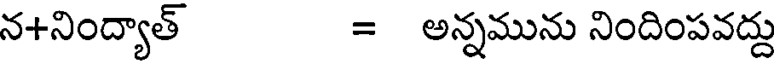
న+నింద్యాత్ = అన్నమును నిందింపవద్దు